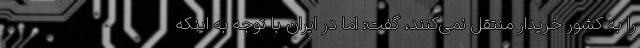
را به کشور خریدار منتقل نمی‌کنند، گفت: اما در ایران با توجه به اینکه